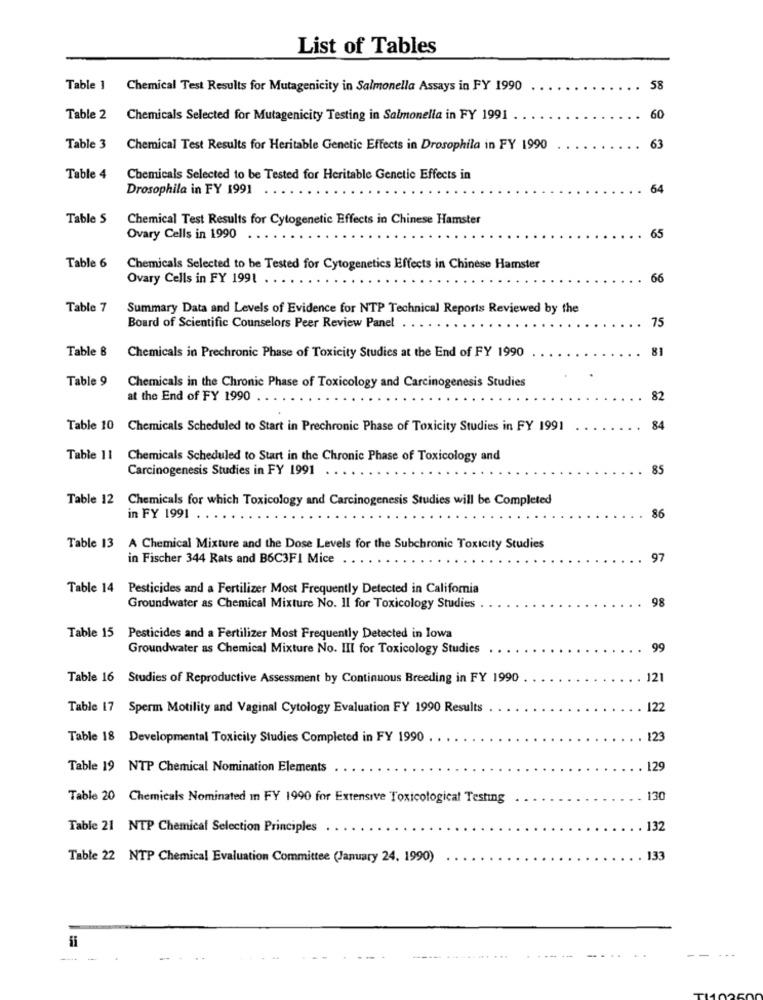
List of Tables
Table 1 Chemical Test Results for Mutagenicity in Salmonella Assays in FY 1990
58
Table 2 Chemicals Selected for Mutagenicity Testing in Salmonella in FY 1991
60
Table 3
Chemical Test Results for Heritable Genetic Effects in Drosophila in FY 1990
63
Table 4
Chemicals Selected to be Tested for Heritable Genetic Effects in
Drosophila in FY 1991
64
Table S
Chemical Test Results for Cytogenetic Effects in Chinese Hamster
Ovary Cells in 1990
65
Table 6
Chemicals Selected to be Tested for Cytogenetics Effects in Chinese Hamster
Ovary Cells in FY 1991 . .
66
Table 7
Summary Data and Levels of Evidence for NTP Technical Reports Reviewed by the
Board of Scientific Counselors Peer Review Panel
75
Table 8
81
Chemicals in Prechronic Phase of Toxicity Studies at the End of FY 1990
Table 9
Chemicals in the Chronic Phase of Toxicology and Carcinogenesis Studies
at the End of FY 1990
82
Table 10 Chemicals Scheduled to Start in Prechronic Phase of Toxicity Studies in FY 1991
84
Table 11
Chemicals Scheduled to Start in the Chronic Phase of Toxicology and
Carcinogenesis Studies in FY 1991
85
Table 12 Chemicals for which Toxicology and Carcinogenesis Studies will be Completed
in FY 1991
86
Table 13 A Chemical Mixture and the Dose Levels for the Subchronic Toxicity Studies
in Fischer 344 Rats and B6C3FI Mice
97
Table 14 Pesticides and a Fertilizer Most Frequently Detected in California
98
Groundwater as Chemical Mixture No. Il for Toxicology Studies
Table 15 Pesticides and a Fertilizer Most Frequently Detected in lowa
Groundwater as Chemical Mixture No. III for Toxicology Studies
99
Table 16 Studies of Reproductive Assessment by Continuous Breeding in FY 1990
121
Table 17 Sperm Motility and Vaginal Cytology Evaluation FY 1990 Results
122
Table 18 Developmental Toxicity Studies Completed in FY 1990
123
Table 19 NTP Chemical Nomination Elements
129
Table 20 Chemicals Nominated In FY 1990 for Extensive Toxicological Testing
130
Table 21 NTP Chemical Selection Principles
. 132
Table 22 NTP Chemical Evaluation Committee (January 24, 1990)
. 133